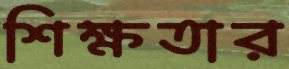
শিক্ষতার